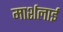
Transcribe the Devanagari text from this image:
मार्शलाई